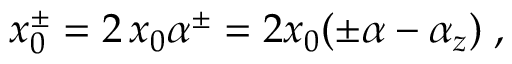
x _ { 0 } ^ { \pm } = 2 \, x _ { 0 } \alpha ^ { \pm } = 2 x _ { 0 } ( \pm \alpha - \alpha _ { z } ) \; ,